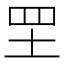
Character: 𦉷